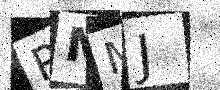
Text: PMMJ